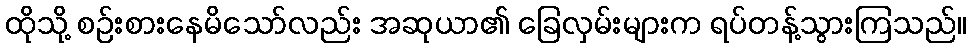
ထိုသို့ စဉ်းစားနေမိသော်လည်း အဆုယာ၏ ခြေလှမ်းများက ရပ်တန့်သွားကြသည်။